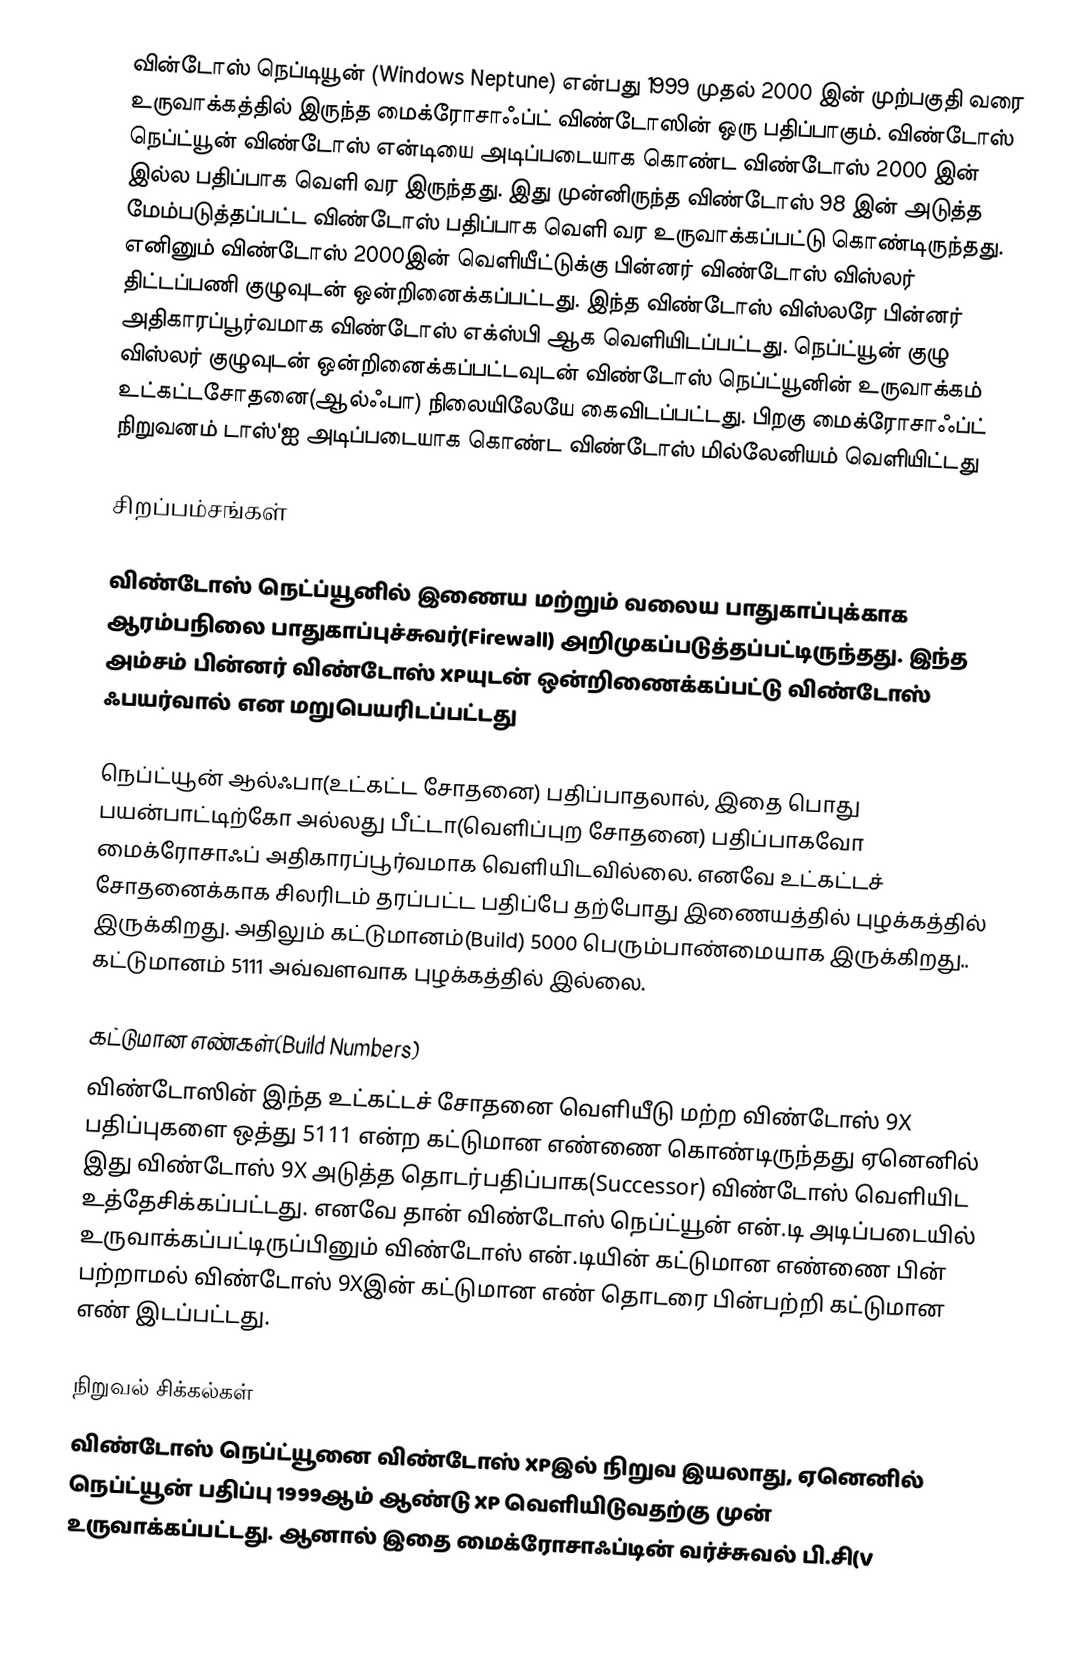
வின்டோஸ் நெப்டியூன் (Windows Neptune) என்பது 1999 முதல் 2000 இன் முற்பகுதி வரை உருவாக்கத்தில் இருந்த  மைக்ரோசாஃப்ட் விண்டோஸின் ஒரு பதிப்பாகும். விண்டோஸ் நெப்ட்யூன் விண்டோஸ் என்டியை அடிப்படையாக கொண்ட விண்டோஸ் 2000 இன் இல்ல பதிப்பாக வெளி வர இருந்தது. இது முன்னிருந்த விண்டோஸ் 98 இன்  அடுத்த மேம்படுத்தப்பட்ட விண்டோஸ் பதிப்பாக வெளி வர உருவாக்கப்பட்டு கொண்டிருந்தது. எனினும் விண்டோஸ் 2000இன் வெளியீட்டுக்கு பின்னர் விண்டோஸ் விஸ்லர் திட்டப்பணி குழுவுடன் ஒன்றினைக்கப்பட்டது. இந்த விண்டோஸ் விஸ்லரே பின்னர் அதிகாரப்பூர்வமாக விண்டோஸ் எக்ஸ்பி ஆக வெளியிடப்பட்டது. நெப்ட்யூன் குழு விஸ்லர் குழுவுடன் ஒன்றினைக்கப்பட்டவுடன் விண்டோஸ் நெப்ட்யூனின் உருவாக்கம் உட்கட்டசோதனை(ஆல்ஃபா) நிலையிலேயே கைவிடப்பட்டது.  பிறகு மைக்ரோசாஃப்ட் நிறுவனம் டாஸ்'ஐ அடிப்படையாக கொண்ட விண்டோஸ் மில்லேனியம் வெளியிட்டது

சிறப்பம்சங்கள்

விண்டோஸ் நெட்ப்யூனில் இணைய மற்றும் வலைய பாதுகாப்புக்காக ஆரம்பநிலை பாதுகாப்புச்சுவர்(Firewall) அறிமுகப்படுத்தப்பட்டிருந்தது. இந்த அம்சம் பின்னர் விண்டோஸ் XPயுடன் ஒன்றிணைக்கப்பட்டு விண்டோஸ் ஃபயர்வால் என மறுபெயரிடப்பட்டது

நெப்ட்யூன் ஆல்ஃபா(உட்கட்ட சோதனை) பதிப்பாதலால், இதை பொது பயன்பாட்டிற்கோ அல்லது பீட்டா(வெளிப்புற சோதனை) பதிப்பாகவோ மைக்ரோசாஃப் அதிகாரப்பூர்வமாக வெளியிடவில்லை. எனவே உட்கட்டச் சோதனைக்காக சிலரிடம் தரப்பட்ட பதிப்பே தற்போது இணையத்தில் புழக்கத்தில் இருக்கிறது. அதிலும் கட்டுமானம்(Build) 5000 பெரும்பாண்மையாக இருக்கிறது.. கட்டுமானம் 5111 அவ்வளவாக புழக்கத்தில் இல்லை.

கட்டுமான எண்கள்(Build Numbers)
விண்டோஸின் இந்த உட்கட்டச் சோதனை வெளியீடு மற்ற விண்டோஸ் 9X பதிப்புகளை ஒத்து 5111 என்ற கட்டுமான எண்ணை கொண்டிருந்தது ஏனெனில் இது விண்டோஸ் 9X அடுத்த தொடர்பதிப்பாக(Successor) விண்டோஸ் வெளியிட உத்தேசிக்கப்பட்டது. எனவே தான் விண்டோஸ் நெப்ட்யூன் என்.டி அடிப்படையில் உருவாக்கப்பட்டிருப்பினும் விண்டோஸ் என்.டியின் கட்டுமான எண்ணை பின் பற்றாமல் விண்டோஸ் 9Xஇன் கட்டுமான எண் தொடரை பின்பற்றி கட்டுமான எண் இடப்பட்டது.

நிறுவல் சிக்கல்கள்
விண்டோஸ் நெப்ட்யூனை விண்டோஸ் XPஇல் நிறுவ இயலாது, ஏனெனில் நெப்ட்யூன் பதிப்பு 1999ஆம் ஆண்டு XP வெளியிடுவதற்கு முன் உருவாக்கப்பட்டது. ஆனால் இதை மைக்ரோசாஃப்டின் வர்ச்சுவல் பி.சி(V